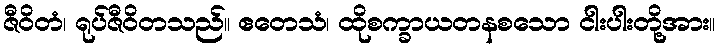
ဇီဝိတံ၊ ရုပ်ဇီဝိတသည်။ ဧတေသံ၊ ထိုစက္ခာယတနစသော ငါးပါးတို့အား။